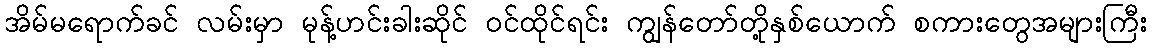
အိမ်မရောက်ခင် လမ်းမှာ မုန့်ဟင်းခါးဆိုင် ဝင်ထိုင်ရင်း ကျွန်တော်တို့နှစ်ယောက် စကားတွေအများကြီး